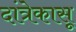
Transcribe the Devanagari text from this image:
दांत्रेकासू